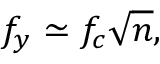
f _ { y } \simeq f _ { c } \sqrt { n } ,